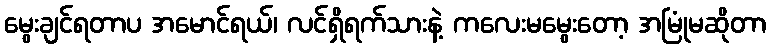
မွေးချင်ရတာပ အမောင်ရယ်၊ လင်ရှိရက်သားနဲ့ ကလေးမမွေးတော့ အမြုံမဆိုတာ